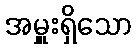
အမှူးရှိသော